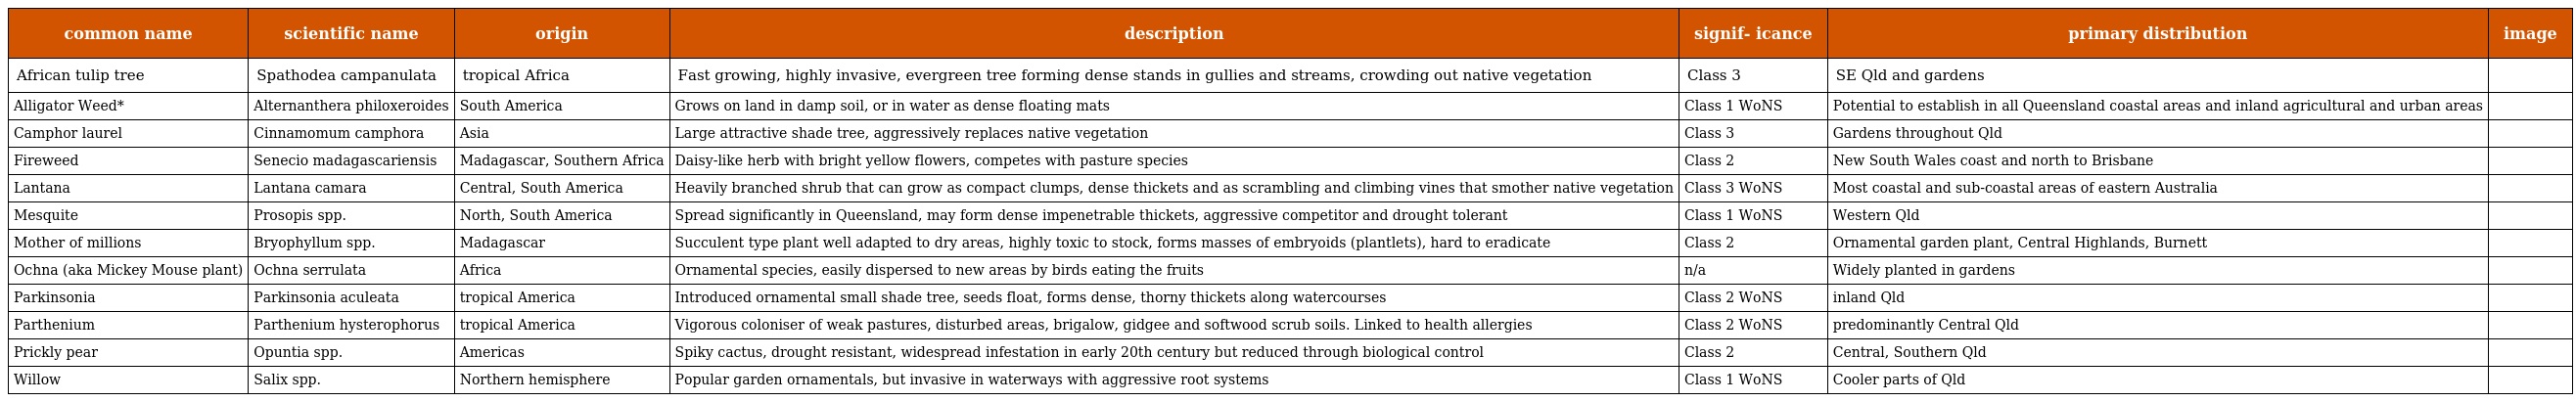
| common name | scientific name | origin | description | signif- icance | primary distribution | image |
 | --- | --- | --- | --- | --- | --- | --- |
 | African tulip tree | Spathodea campanulata | tropical Africa | Fast growing, highly invasive, evergreen tree forming dense stands in gullies and streams, crowding out native vegetation | Class 3 | SE Qld and gardens |  |
 | Alligator Weed* | Alternanthera philoxeroides | South America | Grows on land in damp soil, or in water as dense floating mats | Class 1 WoNS | Potential to establish in all Queensland coastal areas and inland agricultural and urban areas |  |
 | Camphor laurel | Cinnamomum camphora | Asia | Large attractive shade tree, aggressively replaces native vegetation | Class 3 | Gardens throughout Qld |  |
 | Fireweed | Senecio madagascariensis | Madagascar, Southern Africa | Daisy-like herb with bright yellow flowers, competes with pasture species | Class 2 | New South Wales coast and north to Brisbane |  |
 | Lantana | Lantana camara | Central, South America | Heavily branched shrub that can grow as compact clumps, dense thickets and as scrambling and climbing vines that smother native vegetation | Class 3 WoNS | Most coastal and sub-coastal areas of eastern Australia |  |
 | Mesquite | Prosopis spp. | North, South America | Spread significantly in Queensland, may form dense impenetrable thickets, aggressive competitor and drought tolerant | Class 1 WoNS | Western Qld |  |
 | Mother of millions | Bryophyllum spp. | Madagascar | Succulent type plant well adapted to dry areas, highly toxic to stock, forms masses of embryoids (plantlets), hard to eradicate | Class 2 | Ornamental garden plant, Central Highlands, Burnett |  |
 | Ochna (aka Mickey Mouse plant) | Ochna serrulata | Africa | Ornamental species, easily dispersed to new areas by birds eating the fruits | n/a | Widely planted in gardens |  |
 | Parkinsonia | Parkinsonia aculeata | tropical America | Introduced ornamental small shade tree, seeds float, forms dense, thorny thickets along watercourses | Class 2 WoNS | inland Qld |  |
 | Parthenium | Parthenium hysterophorus | tropical America | Vigorous coloniser of weak pastures, disturbed areas, brigalow, gidgee and softwood scrub soils. Linked to health allergies | Class 2 WoNS | predominantly Central Qld |  |
 | Prickly pear | Opuntia spp. | Americas | Spiky cactus, drought resistant, widespread infestation in early 20th century but reduced through biological control | Class 2 | Central, Southern Qld |  |
 | Willow | Salix spp. | Northern hemisphere | Popular garden ornamentals, but invasive in waterways with aggressive root systems | Class 1 WoNS | Cooler parts of Qld |  |